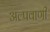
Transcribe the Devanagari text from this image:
अल्पवाणी